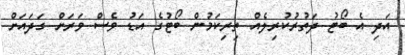
އަދި އެ ބޯޓު ދަތުރުކުރިލެއް ތިރިކަމުން ބޯޓުގެ އަޑު ވެސް ވަރަށް ގަދައަށް